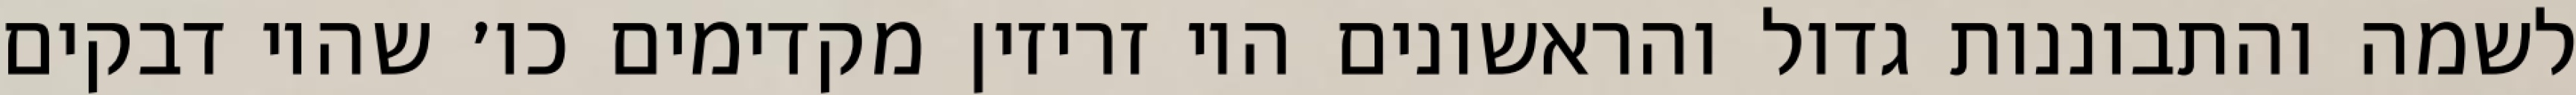
לשמה והתבוננות גדול והראשונים היו זריזין מקדימים כו׳ שהיו דבקים